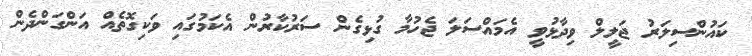
ކައުންސިލަރު ޖަލީލް ވިދާޅުވީ އެމައްސަލަ ޖެހުމާ ގުޅިގެން ސަރުކާރުން އެކަމުގައި ވަކިގޮތެއް އަންގަންދެން